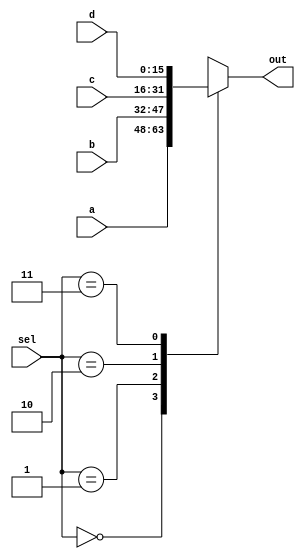
module mux4(
  input [15:0] a,
  input [15:0] b,
  input [15:0] c,
  input [15:0] d,
  input [1:0] sel, 
  output reg   [15:0] out);
  
  always @(*)
  begin
    case(sel)
      2'b00 : out=a;
      2'b01 : out=b;
      2'b10 : out=c;
      2'b11 : out=d;
      default : out= 16'hx;
    endcase
  end
  
endmodule